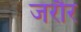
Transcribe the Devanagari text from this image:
जरौर